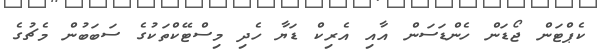
ކެޕްޓަން ޖޯޑަން ހެންޑަސަން އާއި އެރިކް ޑަޔާ ހެދި މިސްޓޭކްތަކުގެ ސަބަބުން މެޗުގެ